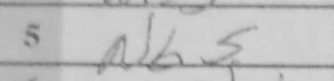
Transcription: Nb5